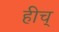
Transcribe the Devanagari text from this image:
हीच्